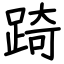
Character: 踦